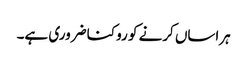
ہراساں کرنے کو روکنا ضروری ہے۔